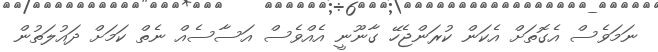
ނަމަވެސް އެގޮތަށް އެކަން ކުރަންޖެހޭ ގާނޫނީ އެއްވެސް އަސާސެއް ނެތް ކަމަށް ދައުލަތުން